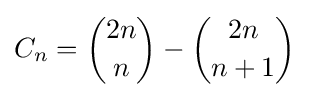
C_{n}={2n \choose n}-{2n \choose n+1}